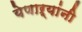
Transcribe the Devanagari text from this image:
येणाऱ्यांनी